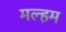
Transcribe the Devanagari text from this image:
मल्हम